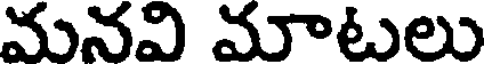
మనవి మాటలు